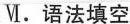
Ⅵ.语法填空